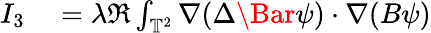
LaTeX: \begin{array}{rl}{I_{3}}&{{}=\lambda\Re\int_{\mathbb{T}^{2}}\nabla(\Delta\Bar{\psi})\cdot\nabla(B\psi)}\end{array}